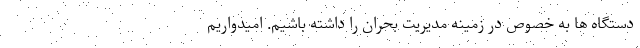
دستگاه ها به خصوص در زمینه مدیریت بحران را داشته باشیم. امیدواریم